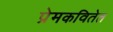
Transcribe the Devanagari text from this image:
प्रेमकवितेत